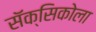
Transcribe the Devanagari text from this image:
सॅक्सिकोला